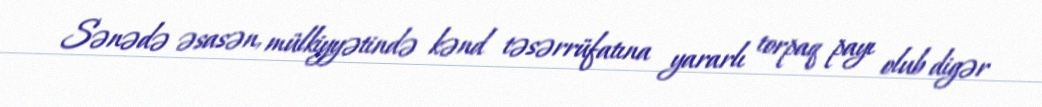
Sənədə əsasən, mülkiyyətində kənd təsərrüfatına yararlı torpaq payı olub digər